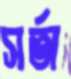
সর্তা